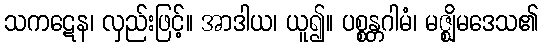
သကဋေန၊ လှည်းဖြင့်။ အာဒါယ၊ ယူ၍။ ပစ္စန္တဂါမံ၊ မဇ္ဈိမဒေသ၏